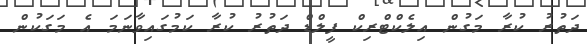
ދަތުރު ކުރާ މަގުން އިލެކްޓްރިކް ފީލްޑް ދަތުރު ކުރާ ކަމުގައިވާނަމަ އެ މަގަކުން